画像に写った文字を読んでください
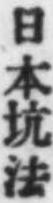
「日本坑法」と書いてあります